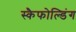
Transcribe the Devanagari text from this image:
स्कैफोल्डिंग